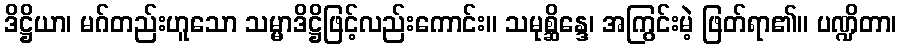
ဒိဋ္ဌိယာ၊ မဂ်တည်းဟူသော သမ္မာဒိဋ္ဌိဖြင့်လည်းကောင်း။ သမုစ္ဆိန္ဒေ၊ အကြွင်းမဲ့ ဖြတ်ရာ၏။ ပဏ္ဍိတာ၊